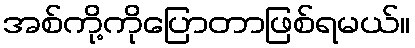
အစ်ကို့ကိုပြောတာဖြစ်ရမယ်။